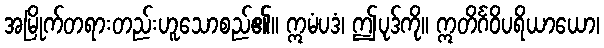
အမြိုက်တရားတည်းဟူသောစည်၏။ ဣမံပဒံ၊ ဤပုဒ်ကို။ ဣတိင်္ဂဝိပရိယာယော၊